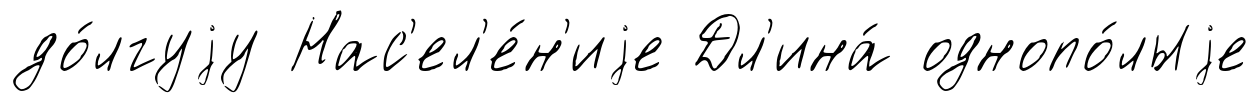
до́лгуjу Нас'ел'е́н'иjе Дл'ина́ однопо́лыjе